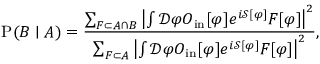
\operatorname { P } ( B \mid A ) = { \frac { \sum _ { F \subset A \cap B } \left| \int { \mathcal { D } } \varphi O _ { \mathrm { i n } } [ \varphi ] e ^ { i { \mathcal { S } } [ \varphi ] } F [ \varphi ] \right| ^ { 2 } } { \sum _ { F \subset A } \left| \int { \mathcal { D } } \varphi O _ { \mathrm { i n } } [ \varphi ] e ^ { i { \mathcal { S } } [ \varphi ] } F [ \varphi ] \right| ^ { 2 } } } ,